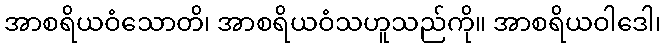
အာစရိယဝံသောတိ၊ အာစရိယဝံသဟူသည်ကို။ အာစရိယဝါဒေါ၊